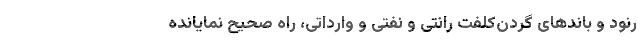
رنود و باندهای گردن‌کلفت‌ رانتی و نفتی و وارداتی، راه صحیح نمایانده